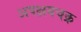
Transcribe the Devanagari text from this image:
अपक्षयचक्र